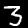
Label: 3